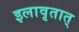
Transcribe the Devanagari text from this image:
इलावृतात्